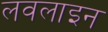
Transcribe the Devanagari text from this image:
लवलाइन